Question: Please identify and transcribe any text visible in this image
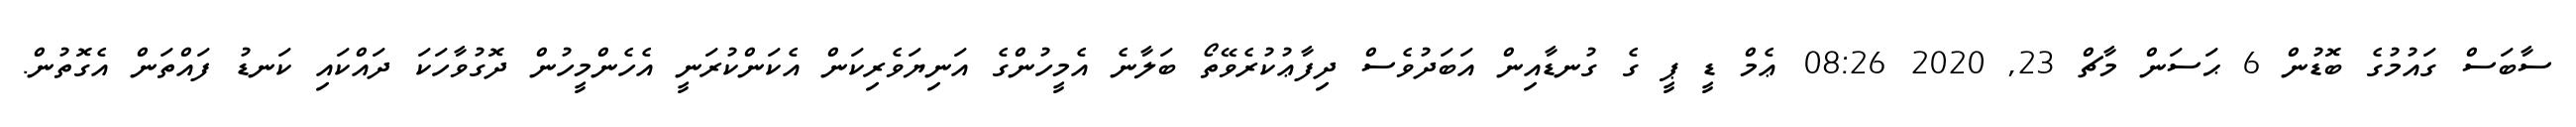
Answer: ސާބަސް ގައުމުގެ ބޮޑުން 6 ޙަސަން މާޗް 23, 2020 08:26 ޢެމް ޑީ ޕީ ގެ ގުނޑާއިން އަބަދުވެސް ދިފާޢުކުރެވޭތޯ ބަލާނެ އެމީހުންގެ އަނިޔަވެރިކަން އެކަންކުރަނީ އެހެންމީހުން ދޮގުވާހަކަ ދައްކައި ކަނޑު ފައްތަން އެގޮތުން.